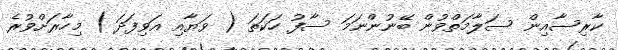
ކާރިސާއިން ސަލާމަތްވުން ބޭނުންނަމަ ސާފު ހަކަތަ ( ވަޔާއި އަވިފަދަ ) މިހާރަށްވުރެ